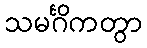
သမင်္ဂိကတွာ